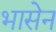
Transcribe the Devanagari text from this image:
भासेन